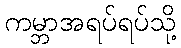
ကမ္ဘာအရပ်ရပ်သို့